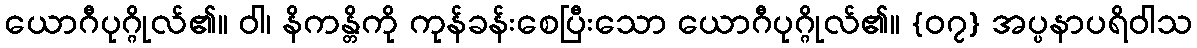
ယောဂီပုဂ္ဂိုလ်၏။ ဝါ၊ နိကန္တိကို ကုန်ခန်းစေပြီးသော ယောဂီပုဂ္ဂိုလ်၏။ {၀၇} အပ္ပနာပရိဝါသ